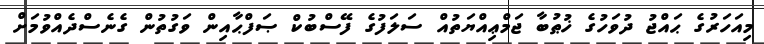
މިއަހަރުގެ ޙައްޖު ދުވަހުގެ ޚުޠުބާ ޖަމްޢިއްޔަތުއް ސަލަފުގެ ފޭސްބުކް ޞަފްޙާއިން ވަގުތުން ގެނެސްދެއްވުމަށް